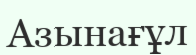
Азынағұл